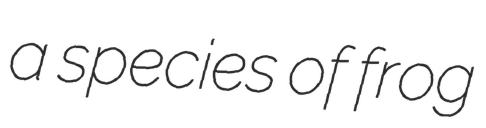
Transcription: a species of frog